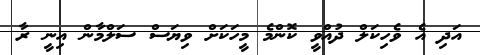
އަދި އެ ވެހިކަލް ދުއްވީ ކޮންމެ މީހަކަށް ވިޔަސް ސަލްމާން އިނީ ރާ